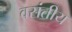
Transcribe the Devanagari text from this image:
वसंतीय